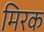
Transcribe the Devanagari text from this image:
मिरक